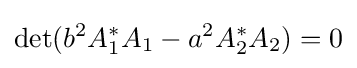
\det(b^{2}A_{1}^{*}A_{1}-a^{2}A_{2}^{*}A_{2})=0